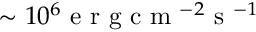
\sim 1 0 ^ { 6 } \mathrm { ~ e ~ r ~ g ~ c ~ m ~ } ^ { - 2 } \mathrm { ~ s ~ } ^ { - 1 }